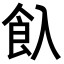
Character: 𩚆